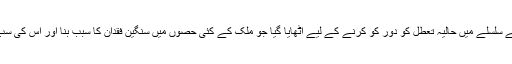
زیادہ تر تجزیہ کاروں نے اس بات سے اتفاق کیا کہ یہ اقدام فراہمی کے سلسلے میں حالیہ تعطل کو دور کو کرنے کے لیے اٹھایا گیا جو ملک کے کئی حصوں میں سنگین فقدان کا سبب بنا اور اس کی سب سے بڑی وجہ حکومت اور صنعت کے درمیان قیمتوں کا تنازع تھا۔